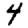
Digit: 4